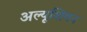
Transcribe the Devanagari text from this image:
अल्यूशियन